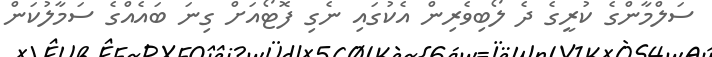
ސަލްމާންގެ ކުރީގެ ދެ ލޯބިވެރިން އެކުގައި ނެގި ފޮޓޯއަށް ގިނަ ބައެއްގެ ސަމާލުކަން